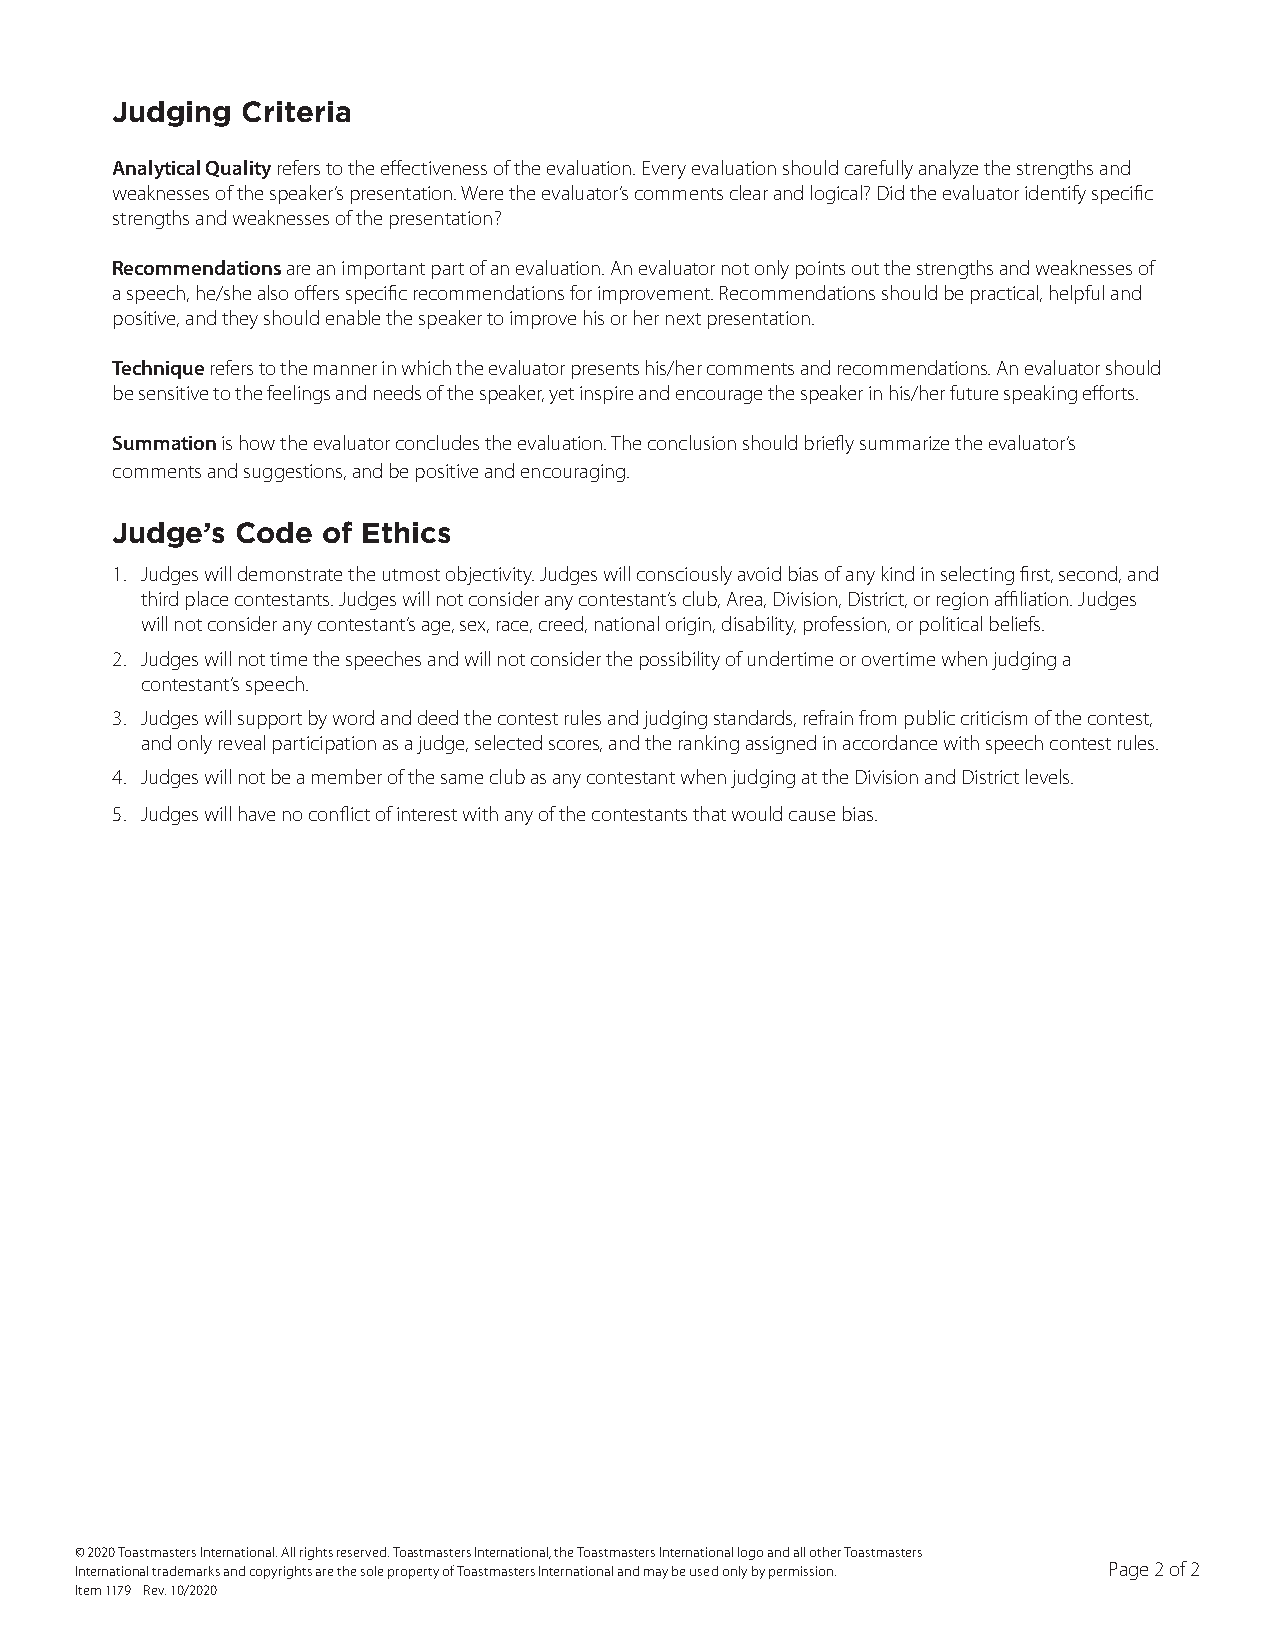
Judging  Criteria
 Analytical Quality refers to the effectiveness of the evaluation. Every evaluation should carefully a nalyze the strengths and
 weaknesses of the speaker’s presentation. Were the evaluator’s comments clear and logical? Did the evaluator identify specific
 strengths and weaknesses of the presentation?
 Recommendations are an important part of an evaluation. An evaluator not only points out the strengths and weaknesses of
 a speech, he/she also offers specific recommendations for improvement. Recomm endations should be practical, helpful and
 positive, and they should enable the speaker to improve his or her next presentation.
 Technique refers to the manner in which the evaluator presents his/her comments and recommendations. An evaluator should
 be sensitive to the feelings and needs of the speaker, yet inspire and encourage the speaker in his/her future speaking efforts.
 Summation is how the evaluator concludes the evaluation. The conclusion should briefly summarize the evaluator’s
 comments and suggestions, and be positive and encouraging.
 Judge’s  Code of Ethics
 1. Judges will demonstrate the utmost objectivity. Judges will consciously avoid bias of any kind in selecting first, second, and
 third place contestants. Judges will not consider any contestant’s club, Area, Division, District, or region affiliation. Judges
 will not consider any contestant’s age, sex, race, creed, national origin, disability, profession, or political beliefs.
 2. Judges will not time the speeches and will not consider the possibility of undertime or overtime when judging a
 contestant’s speech.
 3. Judges will support by word and deed the contest rules and judging standards, refrain from public criticism of the contest,
 and only reveal participation as a judge, selected scores, and the ranking assigned in accordance with speech contest rules.
 4. Judges will not be a member of the same club as any contestant when judging at the Division and District levels.
 5. Judges will have no conflict of interest with any of the contestants that would cause bias.
 © 2020 Toastmasters International. All rights reserved. Toastmasters International, the Toastmasters International logo and all other Toastmasters
 International trademarks and copyrights are the sole property of Toastmasters International and may be used only by permission. Page 2 of 2
 Item 1179 Rev. 10/2020